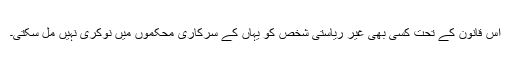
اس قانون کے تحت کسی بھی غیر ریاستی شخص کو یہاں کے سرکاری محکموں میں نوکری نہیں مل سکتی۔